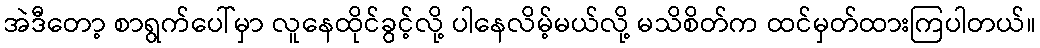
အဲဒီတော့ စာရွက်ပေါ်မှာ လူနေထိုင်ခွင့်လို့ ပါနေလိမ့်မယ်လို့ မသိစိတ်က ထင်မှတ်ထားကြပါတယ်။